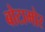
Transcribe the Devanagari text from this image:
बोटामोर